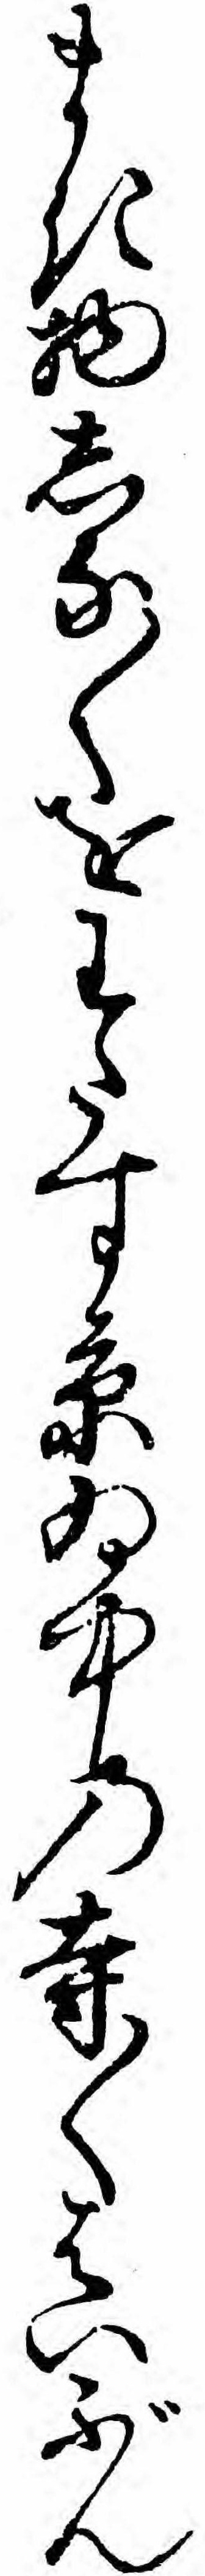
まき物しな〱をわたす京ゐ中の寺〱はいぶん